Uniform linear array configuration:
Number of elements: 32
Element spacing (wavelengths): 0.25
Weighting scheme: hamming
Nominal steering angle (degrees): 45
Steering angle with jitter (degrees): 44.383
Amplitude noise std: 0.05
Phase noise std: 0.05

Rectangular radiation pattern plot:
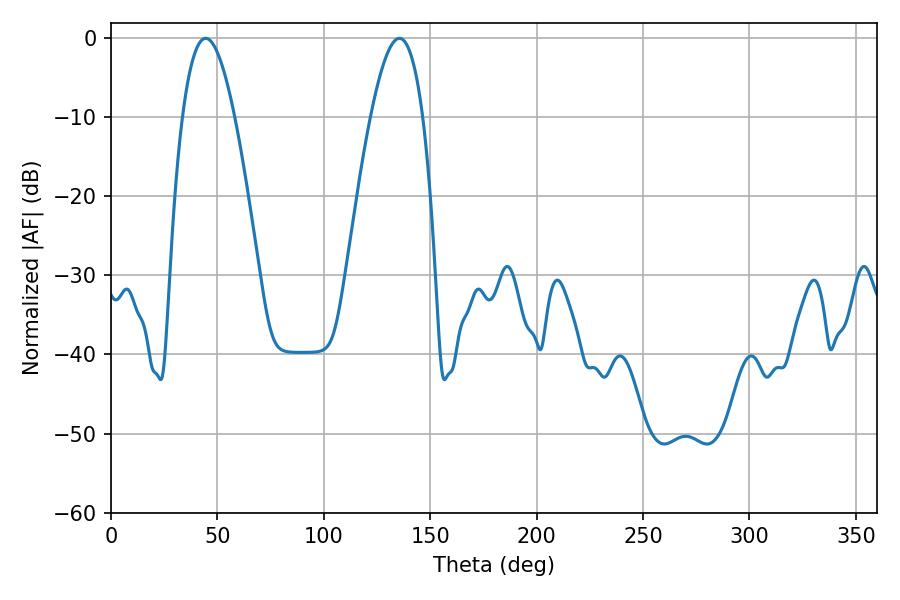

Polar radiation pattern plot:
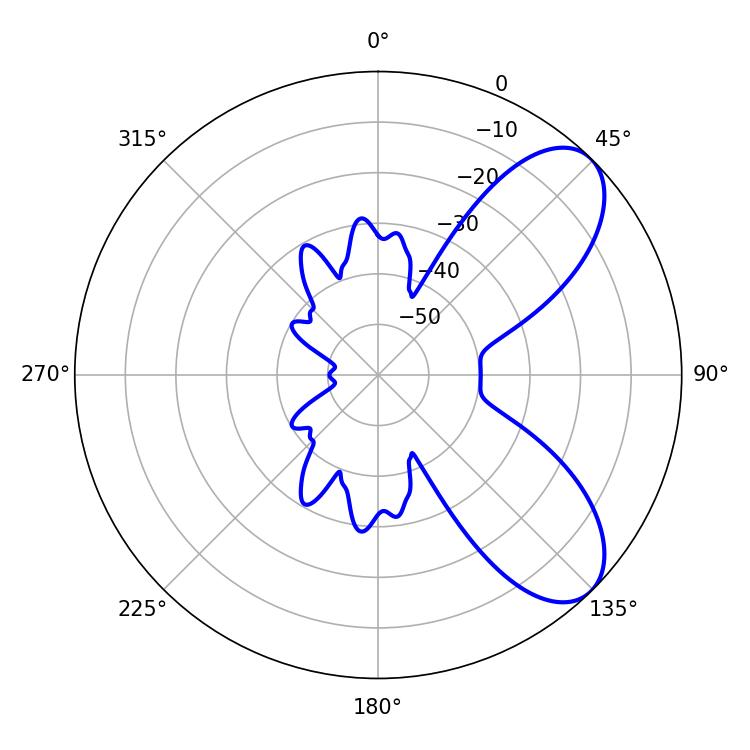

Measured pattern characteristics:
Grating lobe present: FALSE
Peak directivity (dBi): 7.493
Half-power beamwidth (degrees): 13.5
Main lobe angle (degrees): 44.46